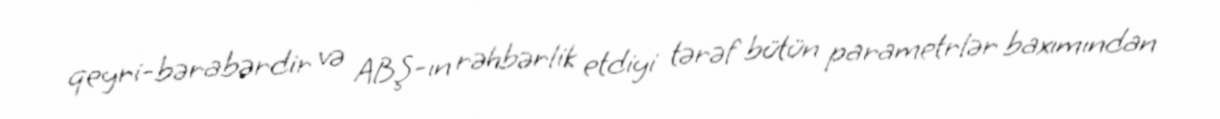
qeyri-bərabərdir və ABŞ-ın rəhbərlik etdiyi tərəf bütün parametrlər baxımından